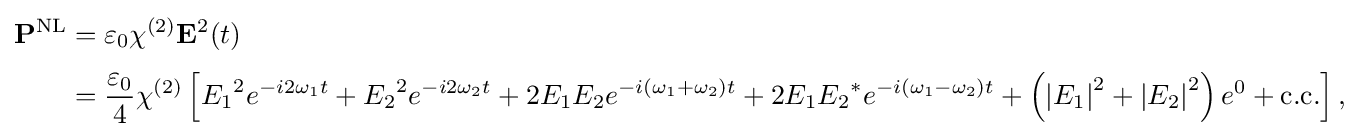
{\begin{aligned}\mathbf {P} ^{\text{NL}}&=\varepsilon _{0}\chi ^{(2)}\mathbf {E} ^{2}(t)\\[3pt]&={\frac {\varepsilon _{0}}{4}}\chi ^{(2)}\left[{E_{1}}^{2}e^{-i2\omega _{1}t}+{E_{2}}^{2}e^{-i2\omega _{2}t}+2E_{1}E_{2}e^{-i(\omega _{1}+\omega _{2})t}+2E_{1}{E_{2}}^{*}e^{-i(\omega _{1}-\omega _{2})t}+\left(\left|E_{1}\right|^{2}+\left|E_{2}\right|^{2}\right)e^{0}+{\text{c.c.}}\right],\end{aligned}}